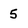
Character: 5